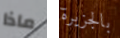
ماذا بالجزيرة